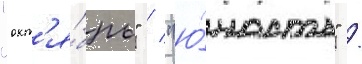
"окт'я́брь" / "ю́ность" /